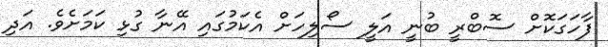
ފާހަގަކޮށް ސޮބްރީ ބުނީ އަލީ ސޯލިހަށް އެކަމުގައި އޭނާ ގުޅި ކަމަށެވެ. އަދި